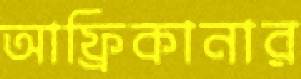
আফ্রিকানার